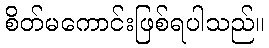
စိတ်မကောင်းဖြစ်ရပါသည်။